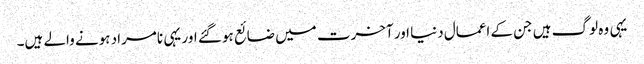
یہی وہ لوگ ہیں جن کے اعمال دنیا اور آخرت میں ضائع ہو گئے اور یہی نامراد ہونے والے ہیں۔